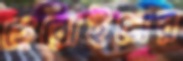
হেরোইনের